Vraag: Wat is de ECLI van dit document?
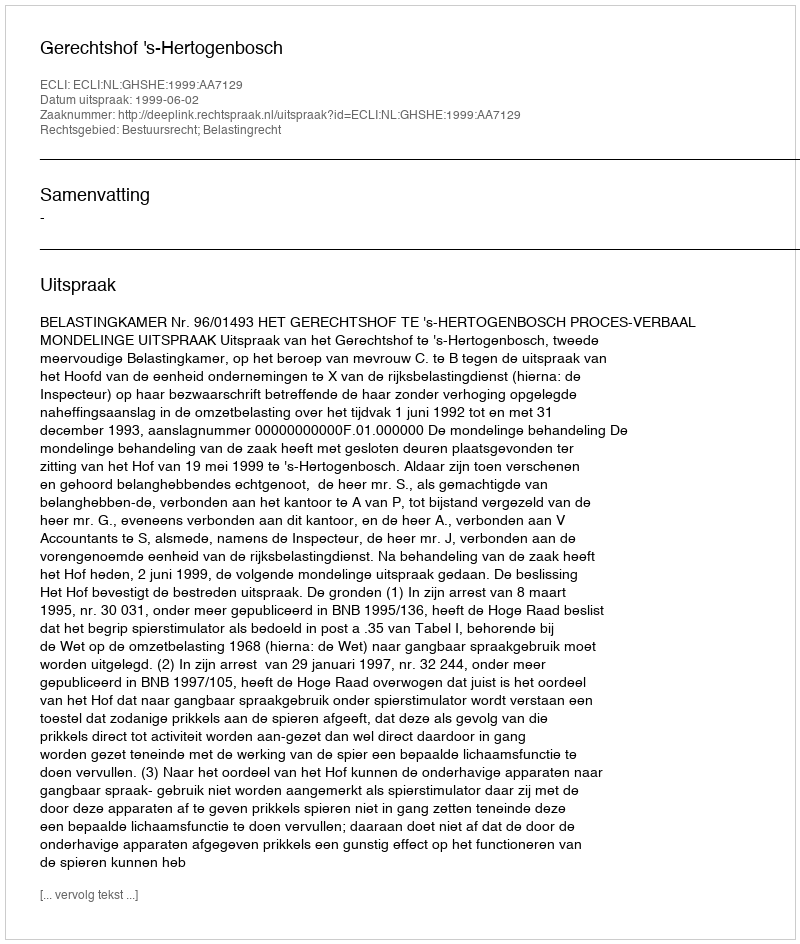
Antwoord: ECLI:NL:GHSHE:1999:AA7129